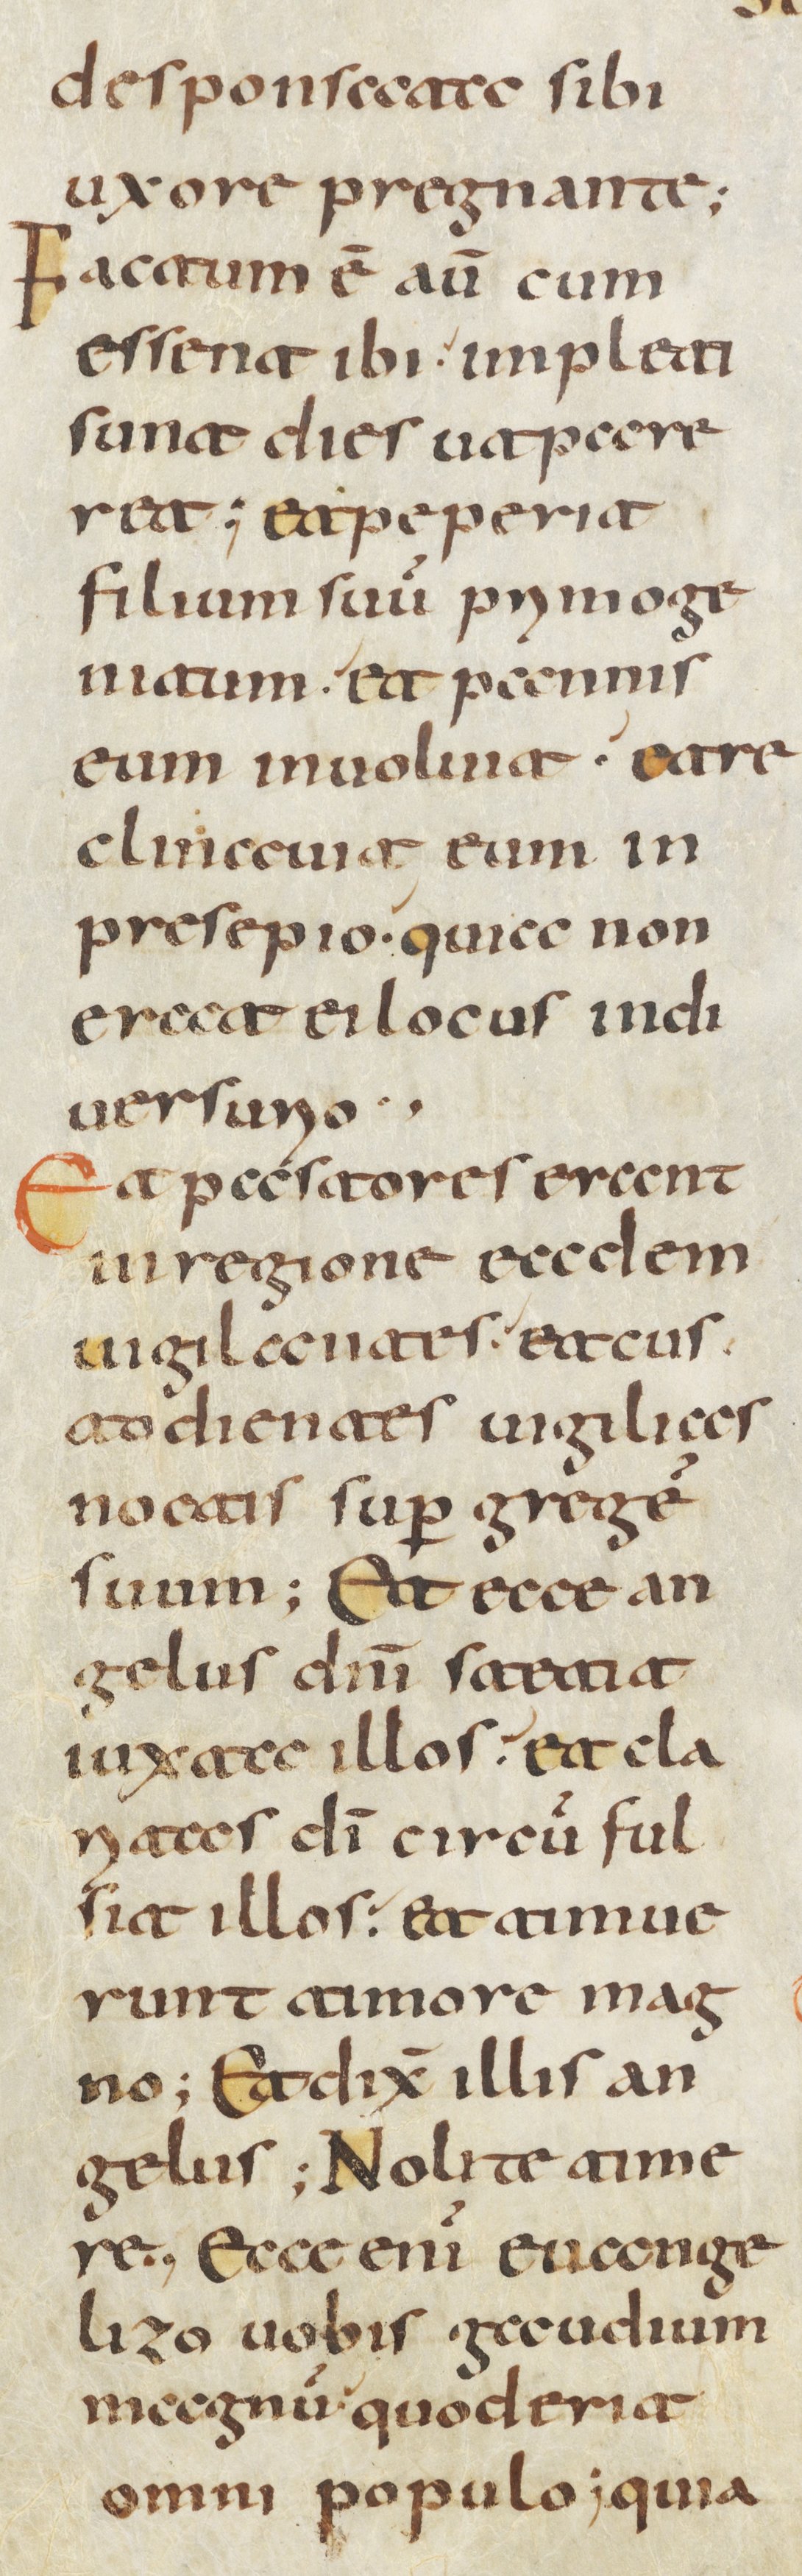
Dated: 800–1399